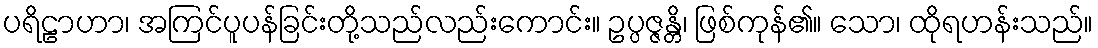
ပရိဠာဟာ၊ အကြင်ပူပန်ခြင်းတို့သည်လည်းကောင်း။ ဥပ္ပဇ္ဇန္တိ၊ ဖြစ်ကုန်၏။ သော၊ ထိုရဟန်းသည်။